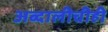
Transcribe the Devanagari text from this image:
अब्दालीचीही